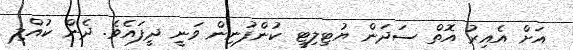
އަށް އެއިރު އޮތް ސަދަން ޔުޓިލިޓީ ކުންފުނިން ވަނީ ދީފައެވެ. ދެން ކުއްލި